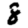
Digit: 8